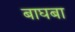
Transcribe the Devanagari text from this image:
बाघबा